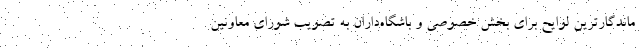
ماندگارترین لوایح برای بخش خصوصی و باشگاه‌داران به تصویب شورای معاونین